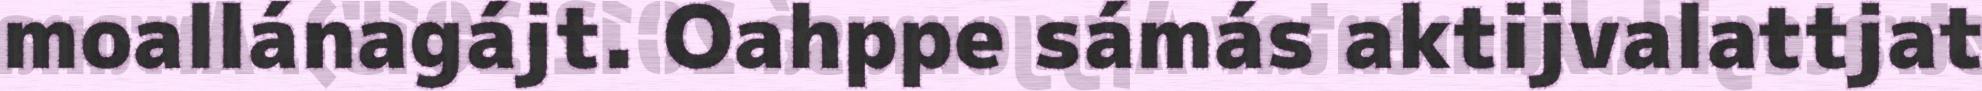
moallánagájt. Oahppe sámás aktijvalattjat